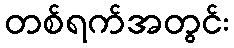
တစ်ရက်အတွင်း